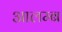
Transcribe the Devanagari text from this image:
आलम्ब